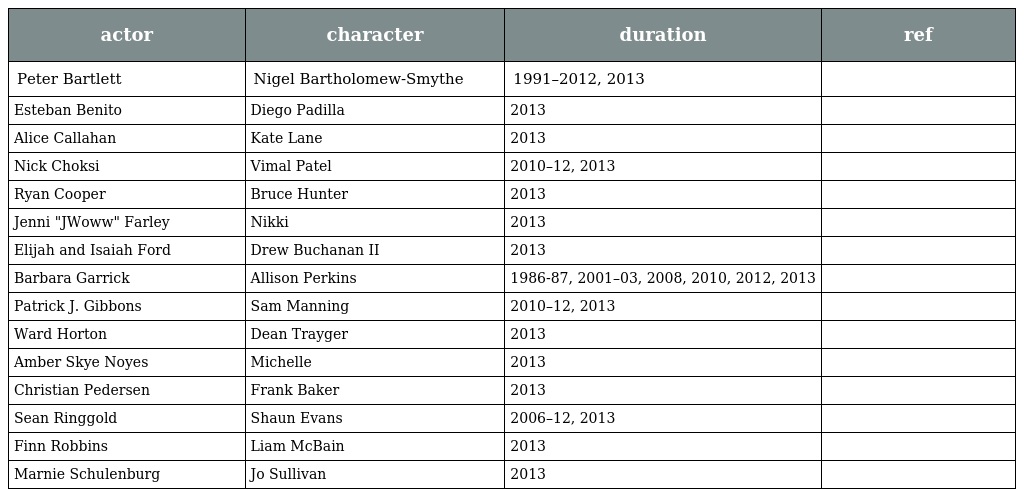
| actor | character | duration | ref |
 | --- | --- | --- | --- |
 | Peter Bartlett | Nigel Bartholomew-Smythe | 1991–2012, 2013 |  |
 | Esteban Benito | Diego Padilla | 2013 |  |
 | Alice Callahan | Kate Lane | 2013 |  |
 | Nick Choksi | Vimal Patel | 2010–12, 2013 |  |
 | Ryan Cooper | Bruce Hunter | 2013 |  |
 | Jenni "JWoww" Farley | Nikki | 2013 |  |
 | Elijah and Isaiah Ford | Drew Buchanan II | 2013 |  |
 | Barbara Garrick | Allison Perkins | 1986-87, 2001–03, 2008, 2010, 2012, 2013 |  |
 | Patrick J. Gibbons | Sam Manning | 2010–12, 2013 |  |
 | Ward Horton | Dean Trayger | 2013 |  |
 | Amber Skye Noyes | Michelle | 2013 |  |
 | Christian Pedersen | Frank Baker | 2013 |  |
 | Sean Ringgold | Shaun Evans | 2006–12, 2013 |  |
 | Finn Robbins | Liam McBain | 2013 |  |
 | Marnie Schulenburg | Jo Sullivan | 2013 |  |